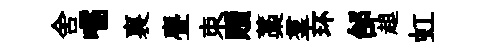
舍嚅裏亹朿贖藁羣环邰趄虹